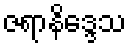
ဇရာနိဒ္ဒေသ